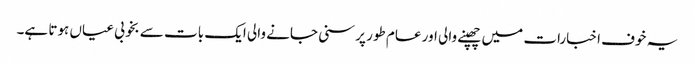
یہ خوف اخبارات میں چھپنے والی اور عام طور پر سنی جانے والی ایک بات سے بخوبی عیاں ہوتا ہے۔